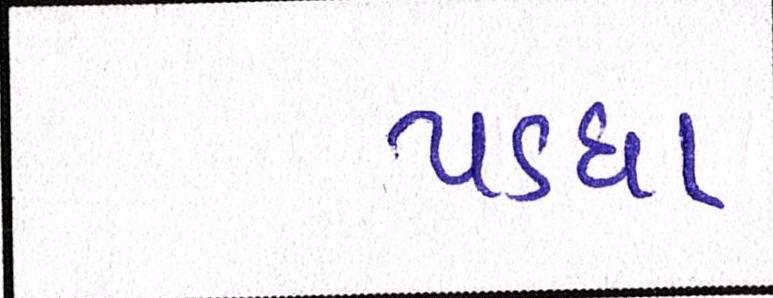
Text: પડઘા